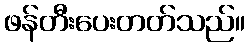
ဖန်တီးပေးတတ်သည်။